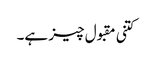
کتنی مقبول چیز ہے۔